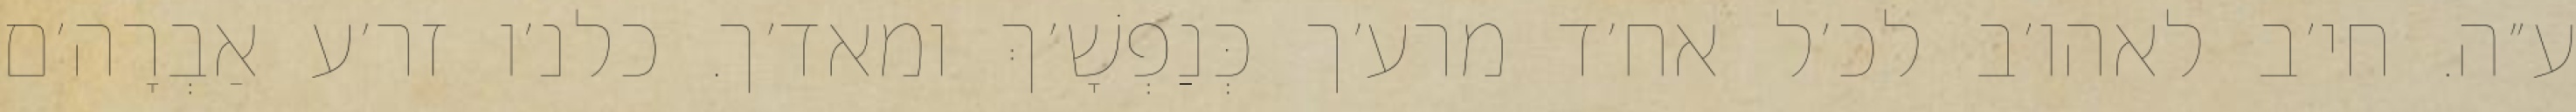
ע״ה. חי׳ב לאהו׳ב לכ׳ל אח׳ד מרע׳ך כְּנַפְשָׁ׳ךְ ומאד׳ך. כלנ׳ו זר׳ע אַבְרָה׳ם